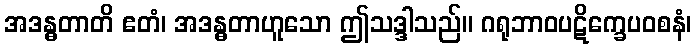
အဒန္ဓတာတိ ဧတံ၊ အဒန္ဓတာဟူသော ဤသဒ္ဒါသည်။ ဂရုဘာဝပဋိက္ခေပဝစနံ၊